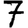
Digit: 7